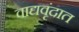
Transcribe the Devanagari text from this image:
वाद्यवृंदात